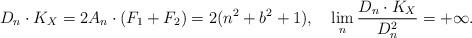
LaTeX: \begin{align*} D_n \cdot K_X = 2 A_n \cdot (F_1 + F_2)=2(n^ 2+b^ 2+1),\,\,\, \,\,\, \lim_n\frac {D_n\cdot K_X}{D_n^ 2}=+\infty. \end{align*}